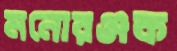
মনোরঞ্জক